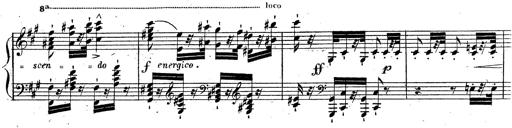
Title: Grande fantaisie sur la tyrolienne de l'opÃ©ra
Composer: Franz Liszt
Key: A major